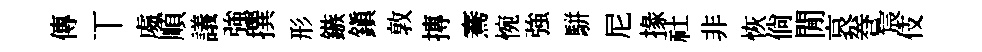
傳丅䖏順議強撰形鏃鎭敦摶騫惋強駢尼掾社非恢倘閒哀巻宸伎